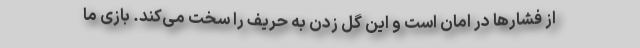
از فشارها در امان است و این گل زدن به حریف را سخت می‌کند. بازی ما